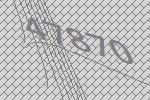
47870